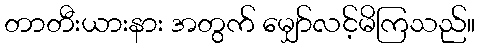
တာတီးယားနား အတွက် မျှော်လင့်မိကြသည်။